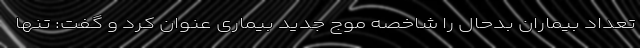
تعداد بیماران بدحال را شاخصه موج جدید بیماری عنوان کرد و گفت: تنها